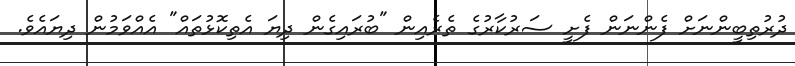
ދުރުތިބީންނަށް ފެންނަން ފެށީ ސަރުކާރުގެ ތެރެއިން "ބުރައިގެން ދިޔަ އެތިކޮޅުތައް" އެއްވަމުން ދިޔައެވެ.